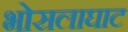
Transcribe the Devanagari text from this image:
भोसलाघाट